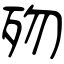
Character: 歾